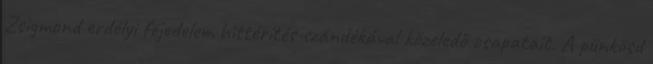
Zsigmond erdélyi fejedelem hittérítés szándékával közeledő csapatait. A pünkösd